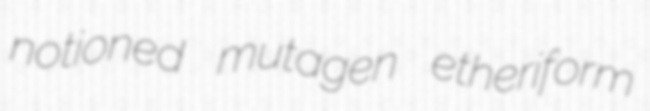
notioned mutagen etheriform